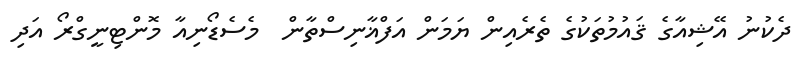
ދެކުނު އޭޝިއާގެ ޤައުމުތަކުގެ ތެރެއިން ޔަމަން އަފްޣާނިސްތާން  މެސެޑޯނިއާ މޮންޓިނީގްރޯ އަދި